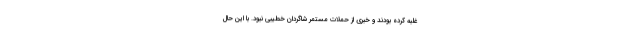
غلبه کرده بودند و خبری از حملات مستمر شاگردان خطیبی نبود. با این حال